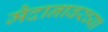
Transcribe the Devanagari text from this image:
मैदानावरच्या